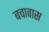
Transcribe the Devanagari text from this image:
बचावास